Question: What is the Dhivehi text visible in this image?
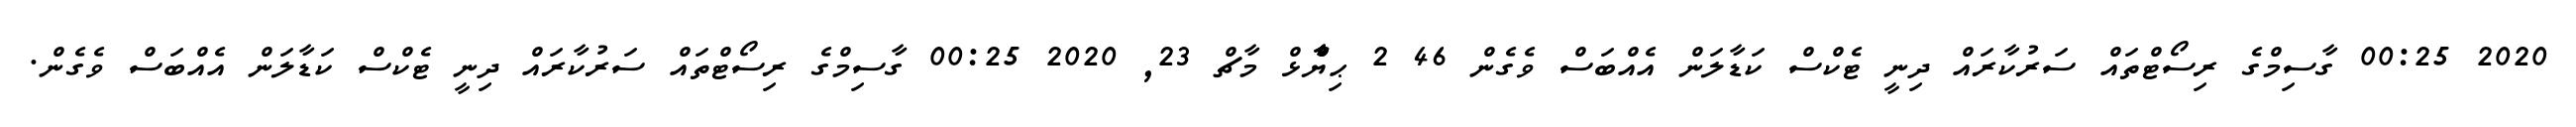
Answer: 2020 00:25 ގާސިމްގެ ރިސޯޓްތައް ސަރުކާރައް ދިނީ ޓެކްސް ކަޑާލަން އެއްބަސް ވެގެން 46 2 ޙިޔާާްްޅް މާޗް 23, 2020 00:25 ގާސިމްގެ ރިސޯޓްތައް ސަރުކާރައް ދިނީ ޓެކްސް ކަޑާލަން އެއްބަސް ވެގެން.